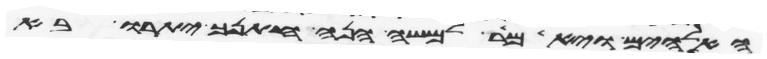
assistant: האלהים ויאמר למשה הנה חתנך יתרו בא